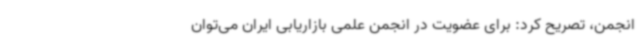
انجمن، تصریح کرد: برای عضویت در انجمن علمی بازاریابی ایران می‌توان